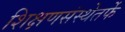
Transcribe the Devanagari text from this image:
शिक्षणसंस्थेतर्फे